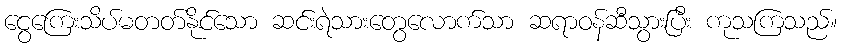
ငွေကြေးသိပ်မတတ်နိုင်သော ဆင်းရဲသားတွေလောက်သာ ဆရာဝန်ဆီသွားပြီး ကုသကြသည်။